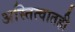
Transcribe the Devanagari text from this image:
अस्तित्वातही